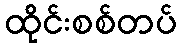
ထိုင်းစစ်တပ်